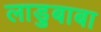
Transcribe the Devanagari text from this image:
लाडुबाबा